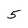
Character: 5